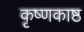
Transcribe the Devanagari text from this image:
कृष्णकाष्ठ